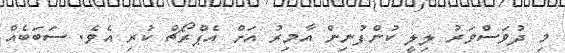
މި ދުވަސްވަރު ލިލީ ކުންފުނިން އާމިރު އަށް އެޕްރޯޗް ކުރި އެވެ. ސަބަބެއް